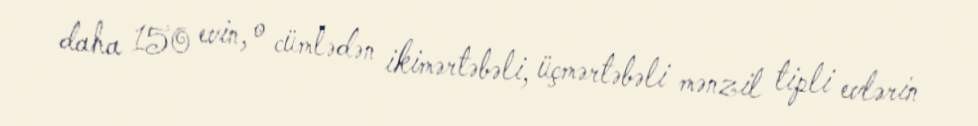
daha 150 evin, o cümlədən ikimərtəbəli, üçmərtəbəli mənzil tipli evlərin